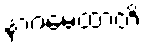
နာဂမေထာတိ